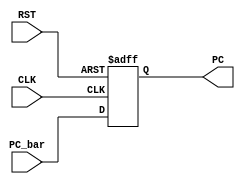
module P_Count (
    input wire [31:0]   PC_bar,
    input wire CLK,
    input wire RST,
    output wire [31:0]   PC
);
    reg [31:0] PC_internal;
    assign PC = PC_internal;
    
    always @(posedge CLK or negedge RST) begin
        if(~RST) begin
            PC_internal <= 32'b0;
        end
        else begin
            PC_internal <= PC_bar;
        end
    end
endmodule